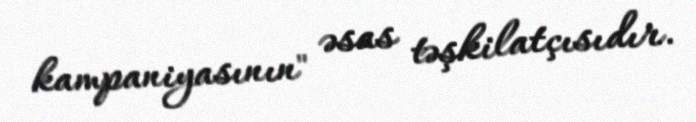
kampaniyasının" əsas təşkilatçısıdır.